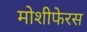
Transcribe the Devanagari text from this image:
मोशीफेरस